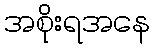
အစိုးရအနေ